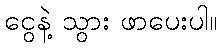
ငွေနဲ့ သွား ဖာပေးပါ။